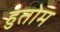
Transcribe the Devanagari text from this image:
हुतोम